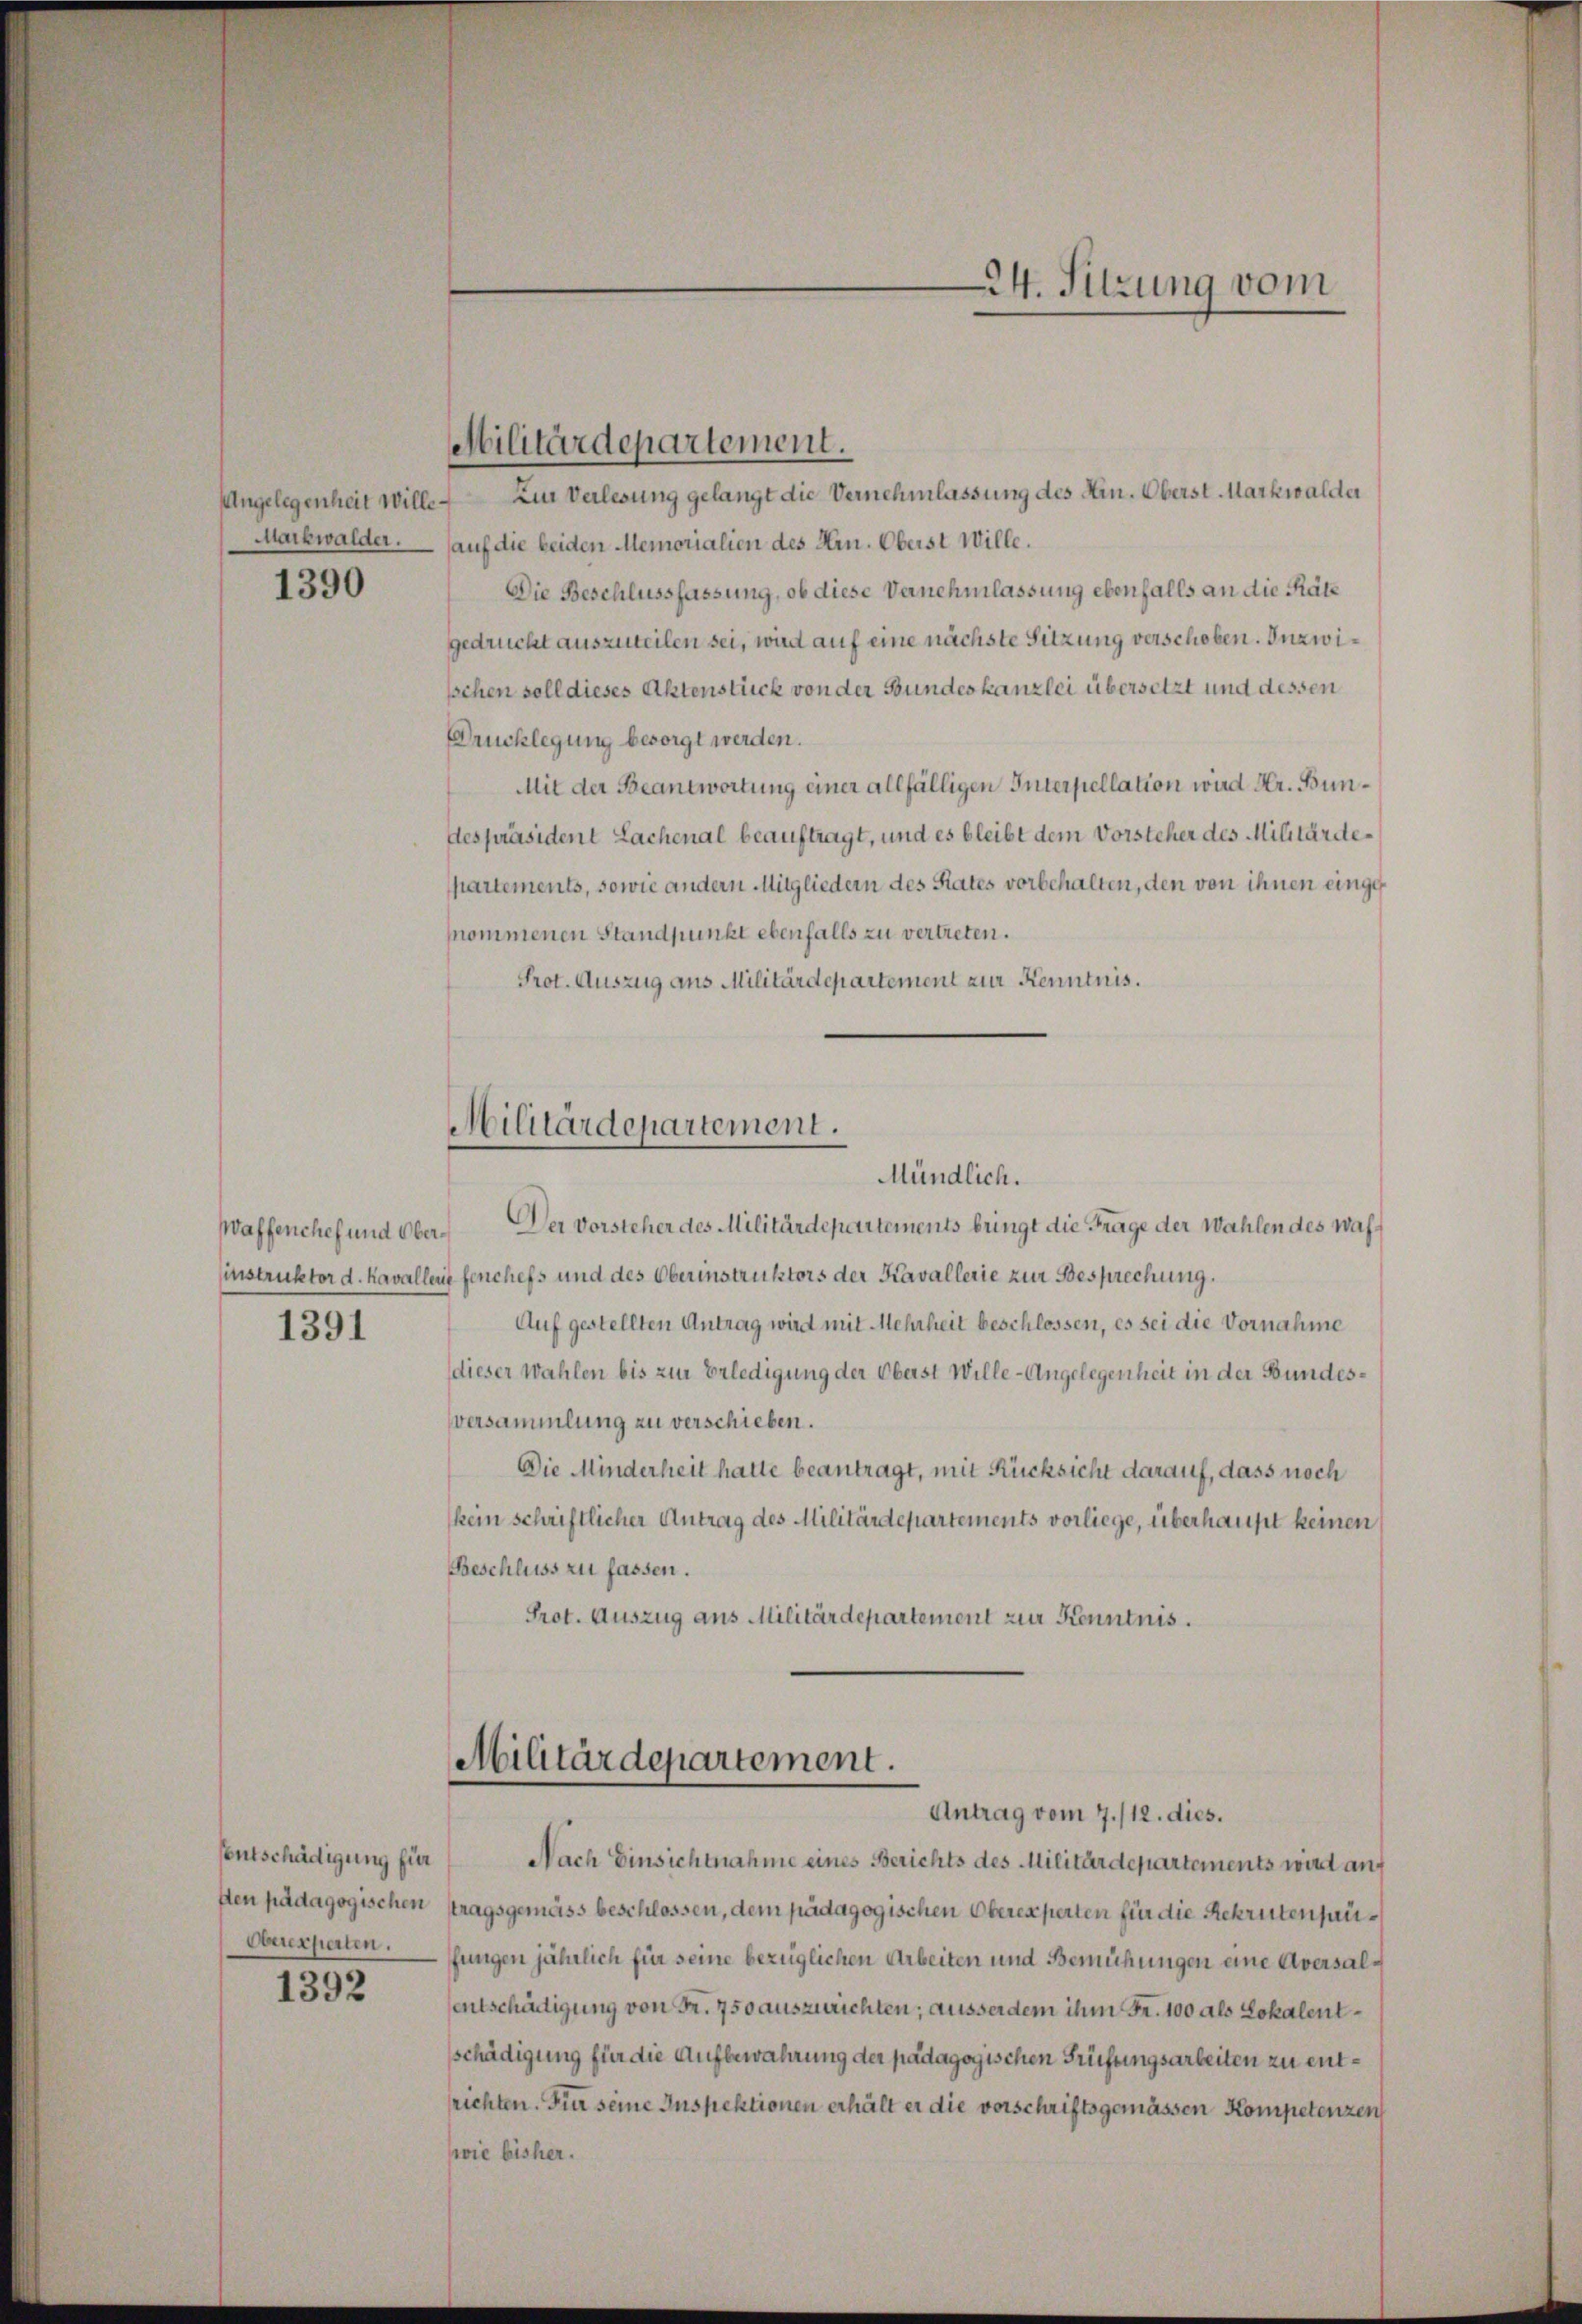
Angelegenheit Wille¬

1390

Waffenchef und Ober¬
1391

entschädigung für
Oberexperten.

1392

Zur Verlesung gelangt die Vernehmlassung des Ein. Oberst. Markwalder
Markwalder. auf die beiden Memorialien des Hrn. Oberst Wille.
Die Beschlussfassung, ob diese Vernehmlassung ebenfalls an die Rätz
gedruckt auszuteilen sei, wird auf eine nächste Sitzung verschoben. Inzwisschen soll dieses Aktenstück von der Bundeskanzlei übersetzt und dessen
Drucklegung besorgt werden.
Mit der Beantwortung einer allfälligen Interpellation wird Hr. Bundespräsident Lachenal beauftragt, und es bleibt dem Vorsteher des Militärdepartements, sowie andern Mitgliedern des Rates vorbehalten, den von ihnen einge¬
(nommenen Standpunkt ebenfalls zu vertreten.
Prot. Auszug aus Militärdepartement zur Kenntnis.

Militärdepartement.

Militärdepartement.
Mündlich.

Militärdepartement.
Antrag vom 7./12. dies.

24. Sitzung vom

Der Vorsteher des Militärdepartements bringt die Frage der Wahlen des wahinstruktor d. Kavallens fenchefs und des Oberinstruktors der Kavallerie zur Besprechung.
Auf gestellten Antrag wird mit Mehrheit beschlossen, es sei die Vornahme
dieser Wahlen bis zur Erledigung der Oberst Wille-Angelegenheit in der Bundes¬
Versammlung zu verschieben.
Die Minderheit hatte beantragt, mit Rücksicht darauf, dass noch
kein schriftlicher Antrag des Militärdepartements vorliege, überhaupt keinen
Beschluss zu fassen.
Prot. Auszug aus Militärdepartement zur Kenntnis.

Nach Einsichtnahme eines Berichts des Militärdepartements wird auf
sten pädagogischen stragsgemäss beschlossen, dem pädagogischen Oberexperten für die Rekrutenanfungen jährlich für seine bezüglichen Arbeiten und Bemühungen eine Aversalentschädigung von Fr. 750 auszurichten; ausserdem ihm Fr. 100 als Lokalentsschädigung für die Aufbewahrung der pädagogischen Prüfungsarbeiten zu entrichten. Für seine Inspektionen erhält er die vorschriftsgemässen Kompetenzen
swie bisher.